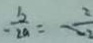
- \frac { b } { 2 a } = \frac { 2 } { - 2 }